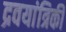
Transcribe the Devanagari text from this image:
द्रवयांत्रिकी